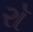
રૉ